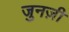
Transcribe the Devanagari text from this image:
जुनज़ी